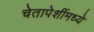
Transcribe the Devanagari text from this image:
चेतापेशींमध्ये